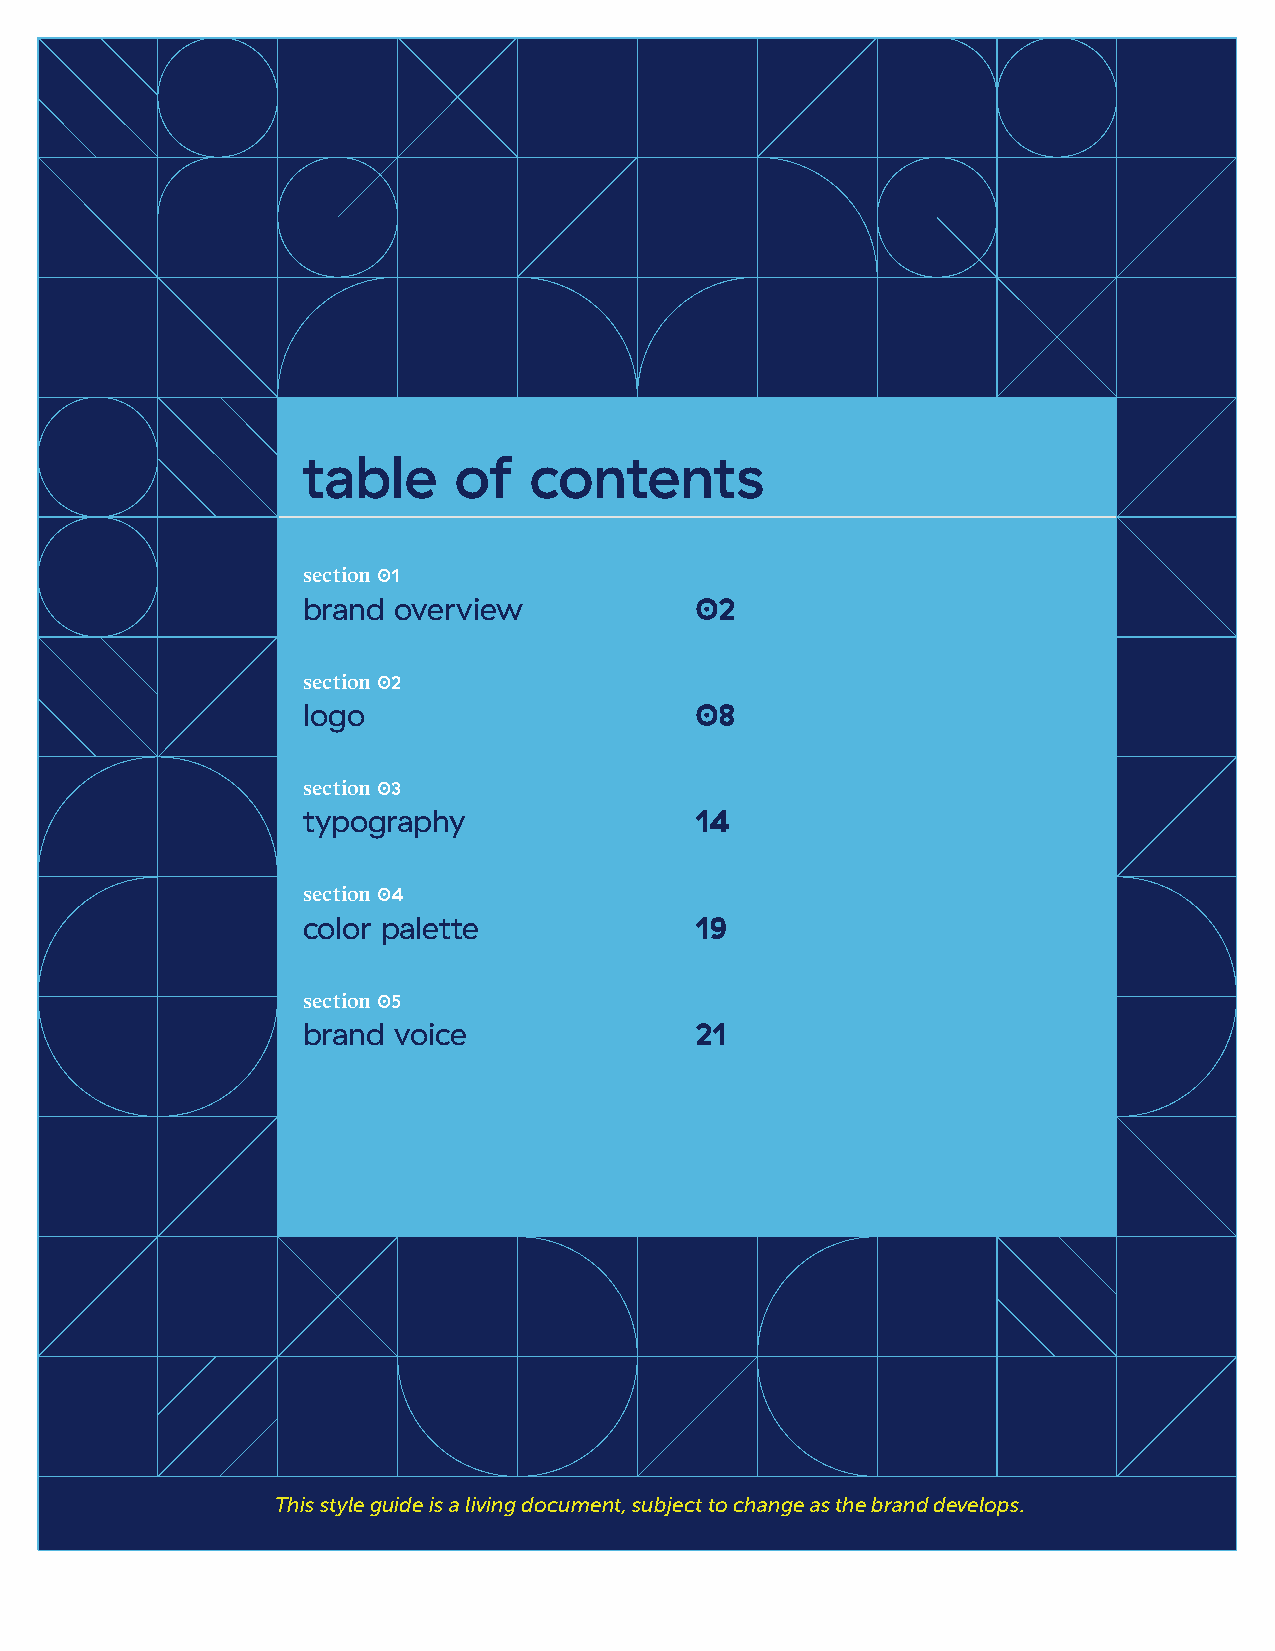
table     of   contents
 section01
 brand overview            02
 section02
 logo                      08
 section03
 typography                14
 section04
 color palette             19
 section05
 brand voice               21
 This style guide is a living document, subject to change as the brand develops.